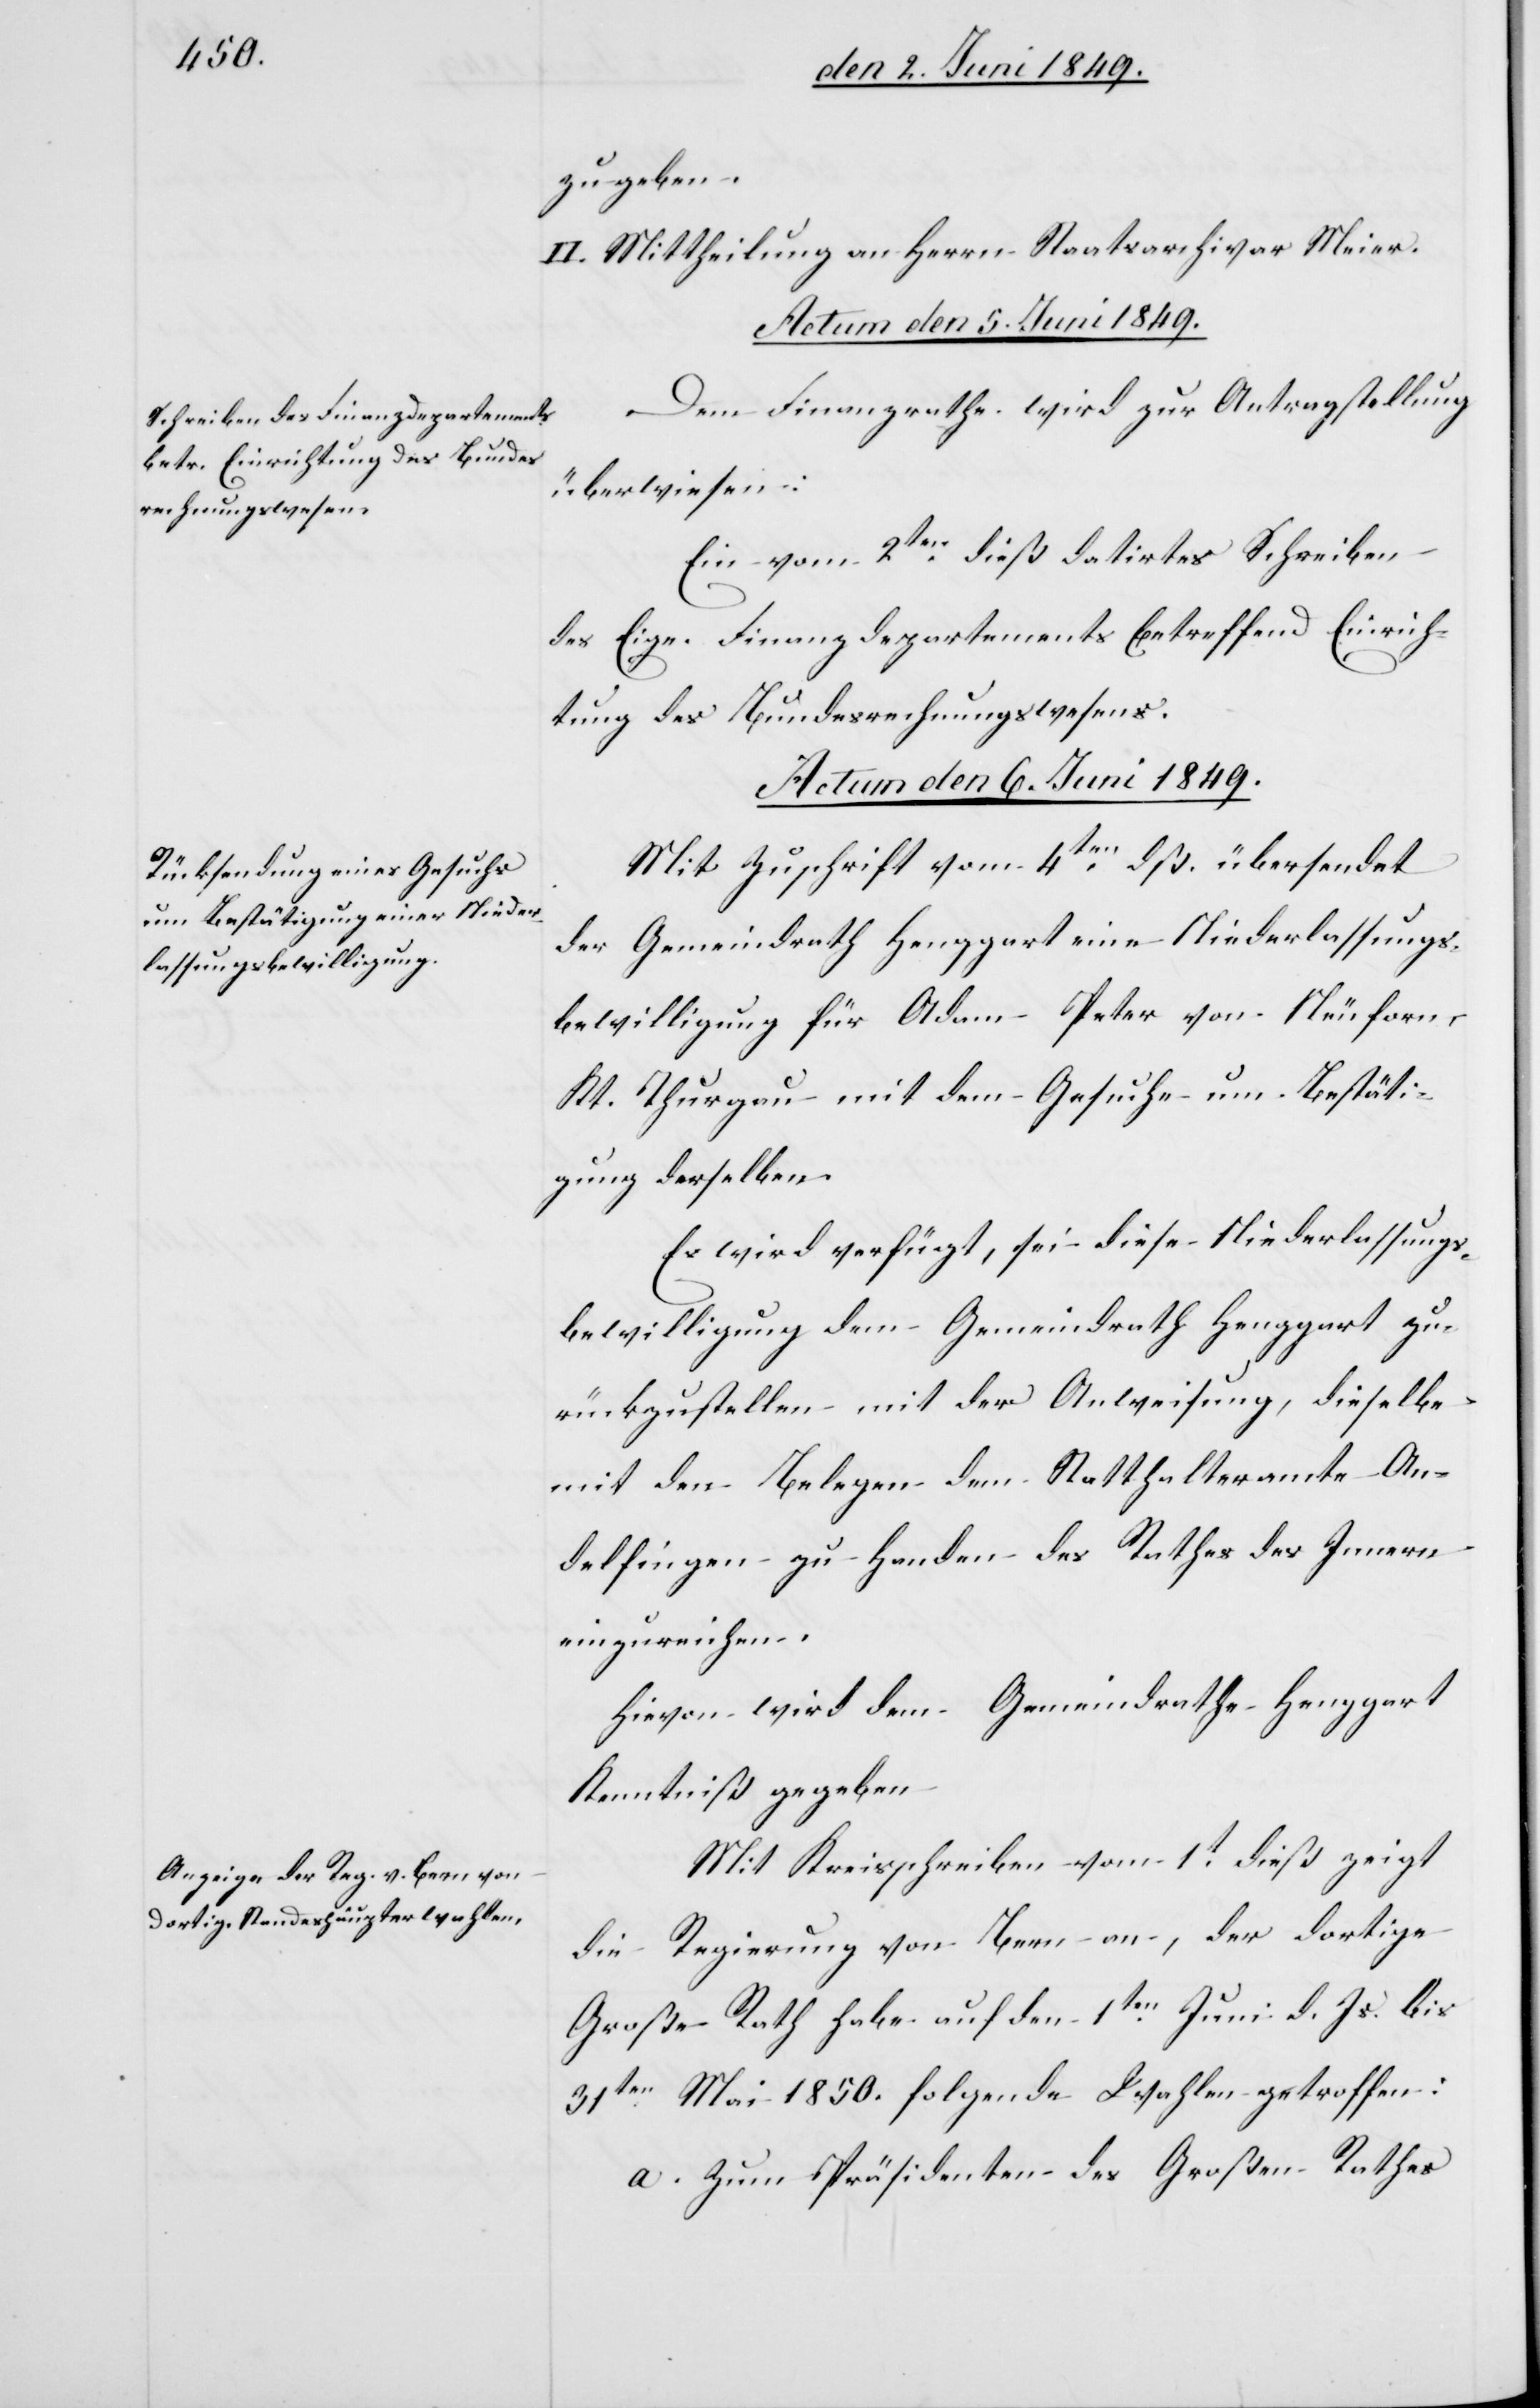
zu geben.
II. Mittheilung an Herrn Staatsarchivar Meier.
Actum den 6. Juni 1849.]
Dem Finanzrathe wird zur Antragstellung
überwiesen:
Ein vom 2ten dieß datirtes Schreiben
des Eige. Finanzdepartements betreffend Einrich¬
tung des Bundesrechnungswesens.
Actum den 6. Juni 1849.
Mit Zuschrift vom 4ten dß. übersendet
der Gemeindrath Henggart eine Niederlassungs¬
bewilligung für Adam Peter von Neuforn –
Kt. Thurgau mit dem Gesuche um Bestäti¬
gung derselben.
Es wird verfügt, sei diese Niederlassungs¬
bewilligung dem Gemeindrath Henggart zu¬
rückzustellen mit der Anweisung, dieselbe
mit den Belegen dem Statthalteramte An¬
delfingen zu Handen des Rathes des Innern
einzureichen.
Hievon wird dem Gemeindrathe Henggart
Kenntniß gegeben.
Mit Kreisschreiben vom 1t dieß zeigt
die Regierung von Bern an, der dortige
Große Rath habe auf den 1ten Juni d. Js. bis
31ten Mai 1850. folgende Wahlen getroffen:
a. Zum Präsidenten des Großen Rathes